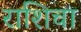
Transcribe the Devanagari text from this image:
राशिचा